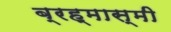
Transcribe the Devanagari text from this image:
ब्रह्मास्मी